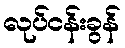
လုပ်ငန်းခွန်